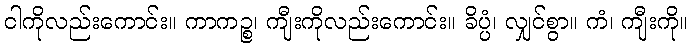
ငါကိုလည်းကောင်း။ ကာကဉ္စ၊ ကျီးကိုလည်းကောင်း။ ခိပ္ပံ၊ လျှင်စွာ။ ကံ၊ ကျီးကို။